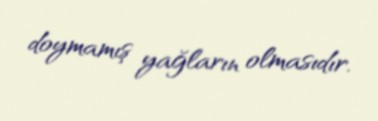
doymamış yağların olmasıdır.